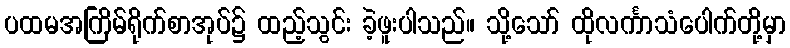
ပထမအကြိမ်ရိုက်စာအုပ်၌ ထည့်သွင်း ခဲ့ဖူးပါသည်။ သို့သော် ထိုလင်္ကာသံပေါက်တို့မှာ